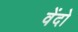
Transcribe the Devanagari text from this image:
वेंदो